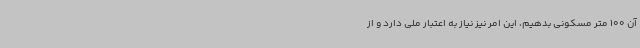
آن 100 متر مسکونی بدهیم، این امر نیز نیاز به اعتبار ملی دارد و از